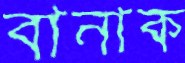
বানাক